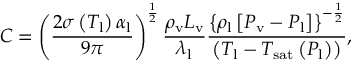
C = \left( \frac { 2 \sigma \left( T _ { \mathrm { l } } \right) \alpha _ { \mathrm { l } } } { 9 \pi } \right) ^ { \frac { 1 } { 2 } } \frac { \rho _ { \mathrm { v } } L _ { \mathrm { v } } } { \lambda _ { \mathrm { l } } } \frac { \left\{ \rho _ { \mathrm { l } } \left[ P _ { \mathrm { v } } - P _ { \mathrm { l } } \right] \right\} ^ { - \frac { 1 } { 2 } } } { \left( T _ { \mathrm { l } } - T _ { \mathrm { s a t } } \left( P _ { \mathrm { l } } \right) \right) } , \,